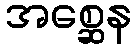
အစ္ဆေန